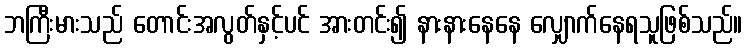
ဘကြီးမားသည် တောင်းအလွတ်နှင့်ပင် အားတင်း၍ နားနားနေနေ လျှောက်နေရသူဖြစ်သည်။